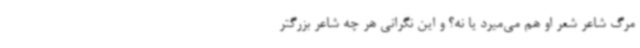
مرگ شاعر شعر او هم‌ می‌میرد یا نه؟ و این نگرانی هر چه شاعر بزرگتر